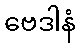
ဗေဒါနံ